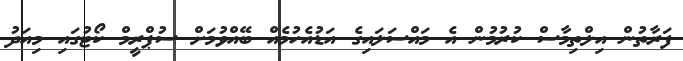
ފަރާތުން އިލްތިމާސް ކުރުމުން އެ މައްސަލައިގެ އަޑުއެހުމެއް ބޭއްވުމަށް ސުޕްރީމް ކޯޓުގައި މިއަދު